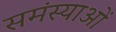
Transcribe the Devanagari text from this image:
समंस्याओं